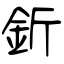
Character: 釿